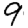
Digit: 9